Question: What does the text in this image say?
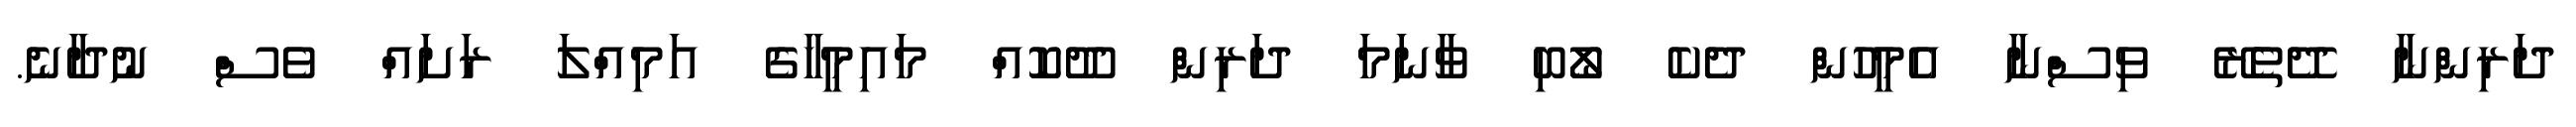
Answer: ދަރިންނާ ދޭތެރޭ ވިސްނާ އެމީހުން ދެކެ ލޯބި ވާނަމަ ދަރިން ދޫކޮއް މައިމީހާގެ އަމިއްލަ ރަށައް ވެސް ނުދާނެ.